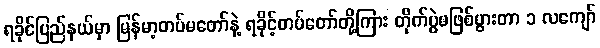
ရခိုင်ပြည်နယ်မှာ မြန်မာ့တပ်မတော်နဲ့ ရခိုင့်တပ်တော်တို့ကြား တိုက်ပွဲမဖြစ်ပွားတာ ၁ လကျော်